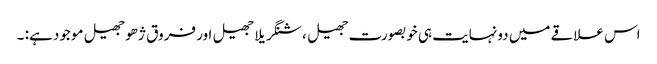
اس علاقے میں دونہایت ہی خوبصورت جھیل ، شنگریلا جھیل اور فروق ژھو جھیل موجود ہے: ۔